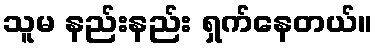
သူမ နည်းနည်း ရှက်နေတယ်။